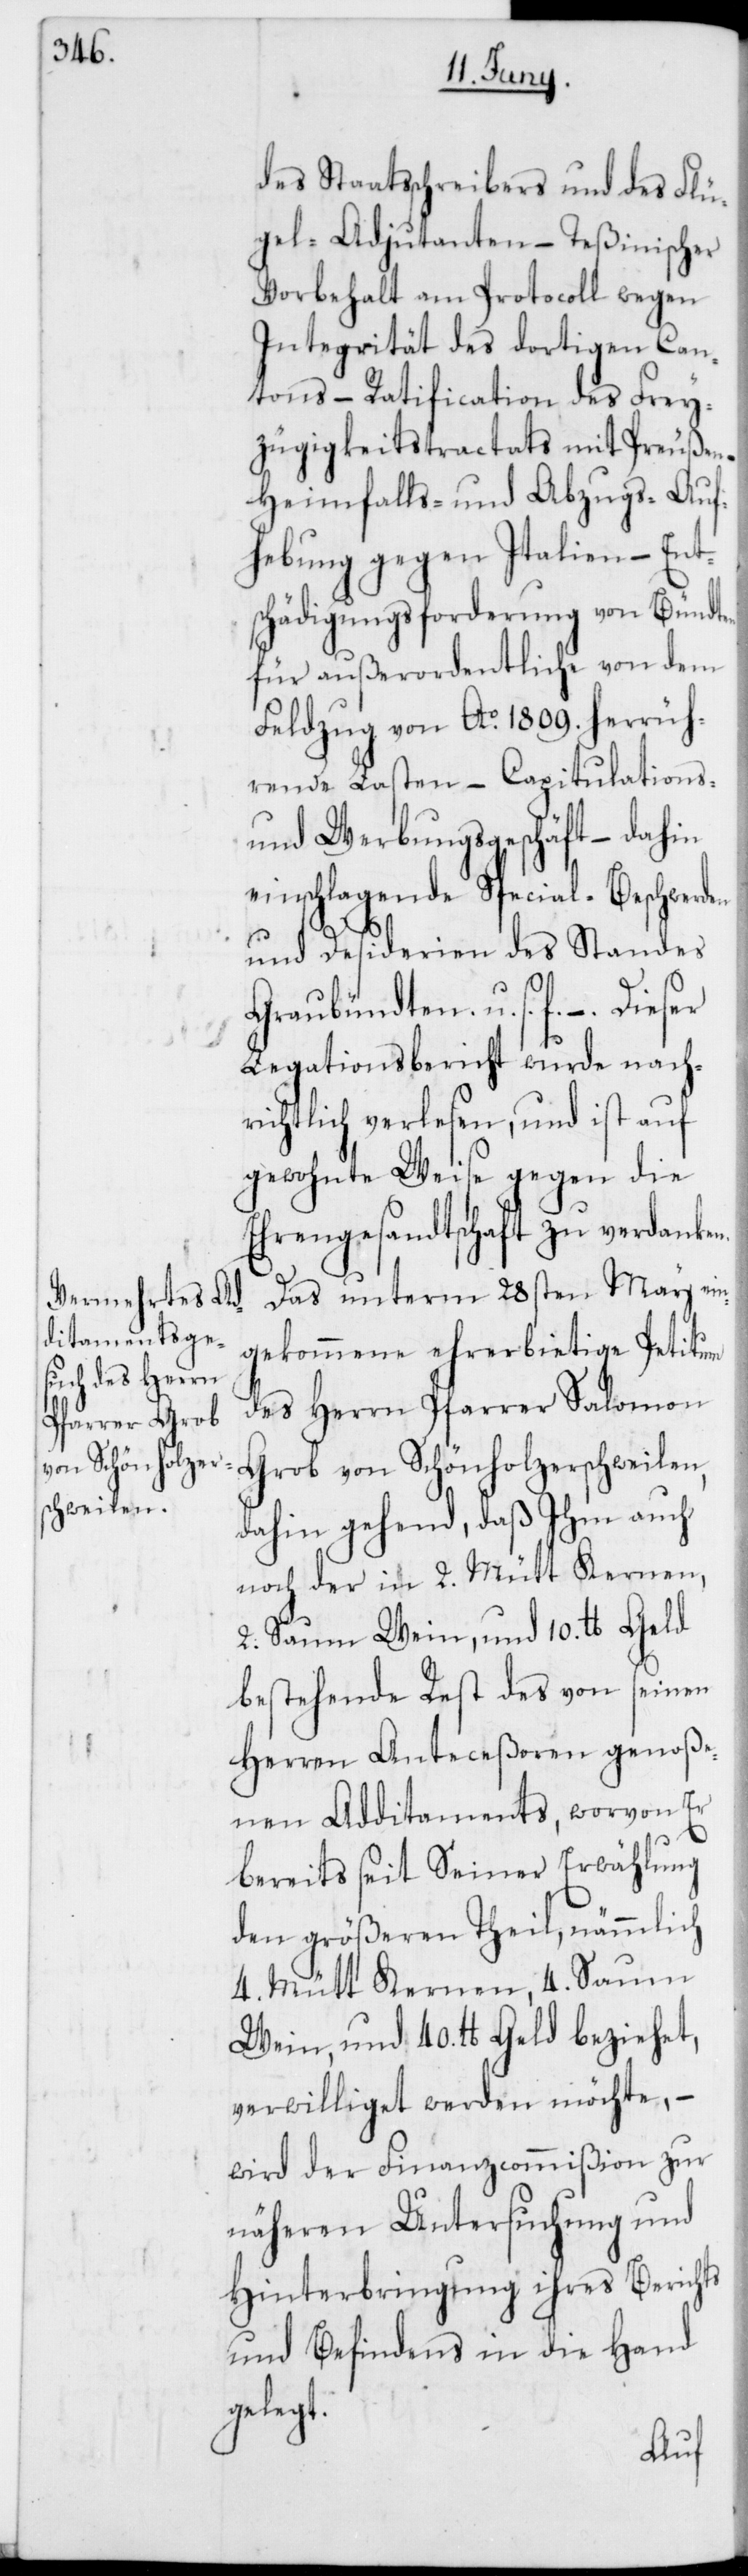
des Staatsschreibers und des Flü¬
gel-Adjutanten – Teßinischer
Vorbehalt am Protocoll wegen
Integrität des dortigen Can¬
tons – Ratification des Frey¬
zügigkeitstractats mit Preußen –
Heimfalls- und Abzugs-Auf¬
hebung gegen Italien – Ent¬
schädigungsforderung von Bündten
für außerordentliche von dem
Feldzug von Ao 1809. herrüh¬
renden Lasten – Capitulations-
und Werbungsgeschäft – dahin
einschlagende Special-Beschwerden
und Desiderien des Standes
Graubündten u. s. f. –.
Legationsbericht wurde nach¬
richtlich verlesen, und ist auf
gewohnte Weise gegen die
Ehrengesandtschaft zu verdanken.
Das unterm 28sten May ein¬
gekommene ehrerbietige Petitum
des Herrn Pfarrer Salomon
Grob von Schönholzerschweilen,
dahin gehend, daß Ihm auch
noch der in 2. Mütt Kernen,
2. Saum Wein und 10. lb Geld
bestehende Rest des von seinen
Herren Anteceßoren genoße¬
nen Additaments, worvon Er
bereits seit seiner Erwählung
den größeren Theil, nämlich
4. Mütt Kernen, 4. Saum
Wein, und 40. lb Geld beziehet,
verwilliget werden möchte, –
wird der Finanzcommißion zur
näheren Untersuchung und
Hinterbringung ihres Berichts
und Befindens in die Hand
gelegt.